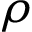
\rho